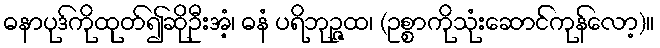
ဓနာပုဒ်ကိုထုတ်၍ဆိုဦးအံ့၊ ဓနံ ပရိဘုဉ္ဇထ၊ (ဥစ္စာကိုသုံးဆောင်ကုန်လော့)။